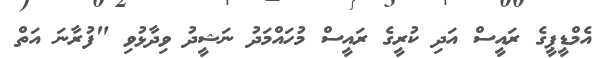
އެމްޑީޕީގެ ރައީސް އަދި ކުރީގެ ރައީސް މުހައްމަދު ނަޝީދު ވިދާޅުވި "ފުރާނަ އަތް